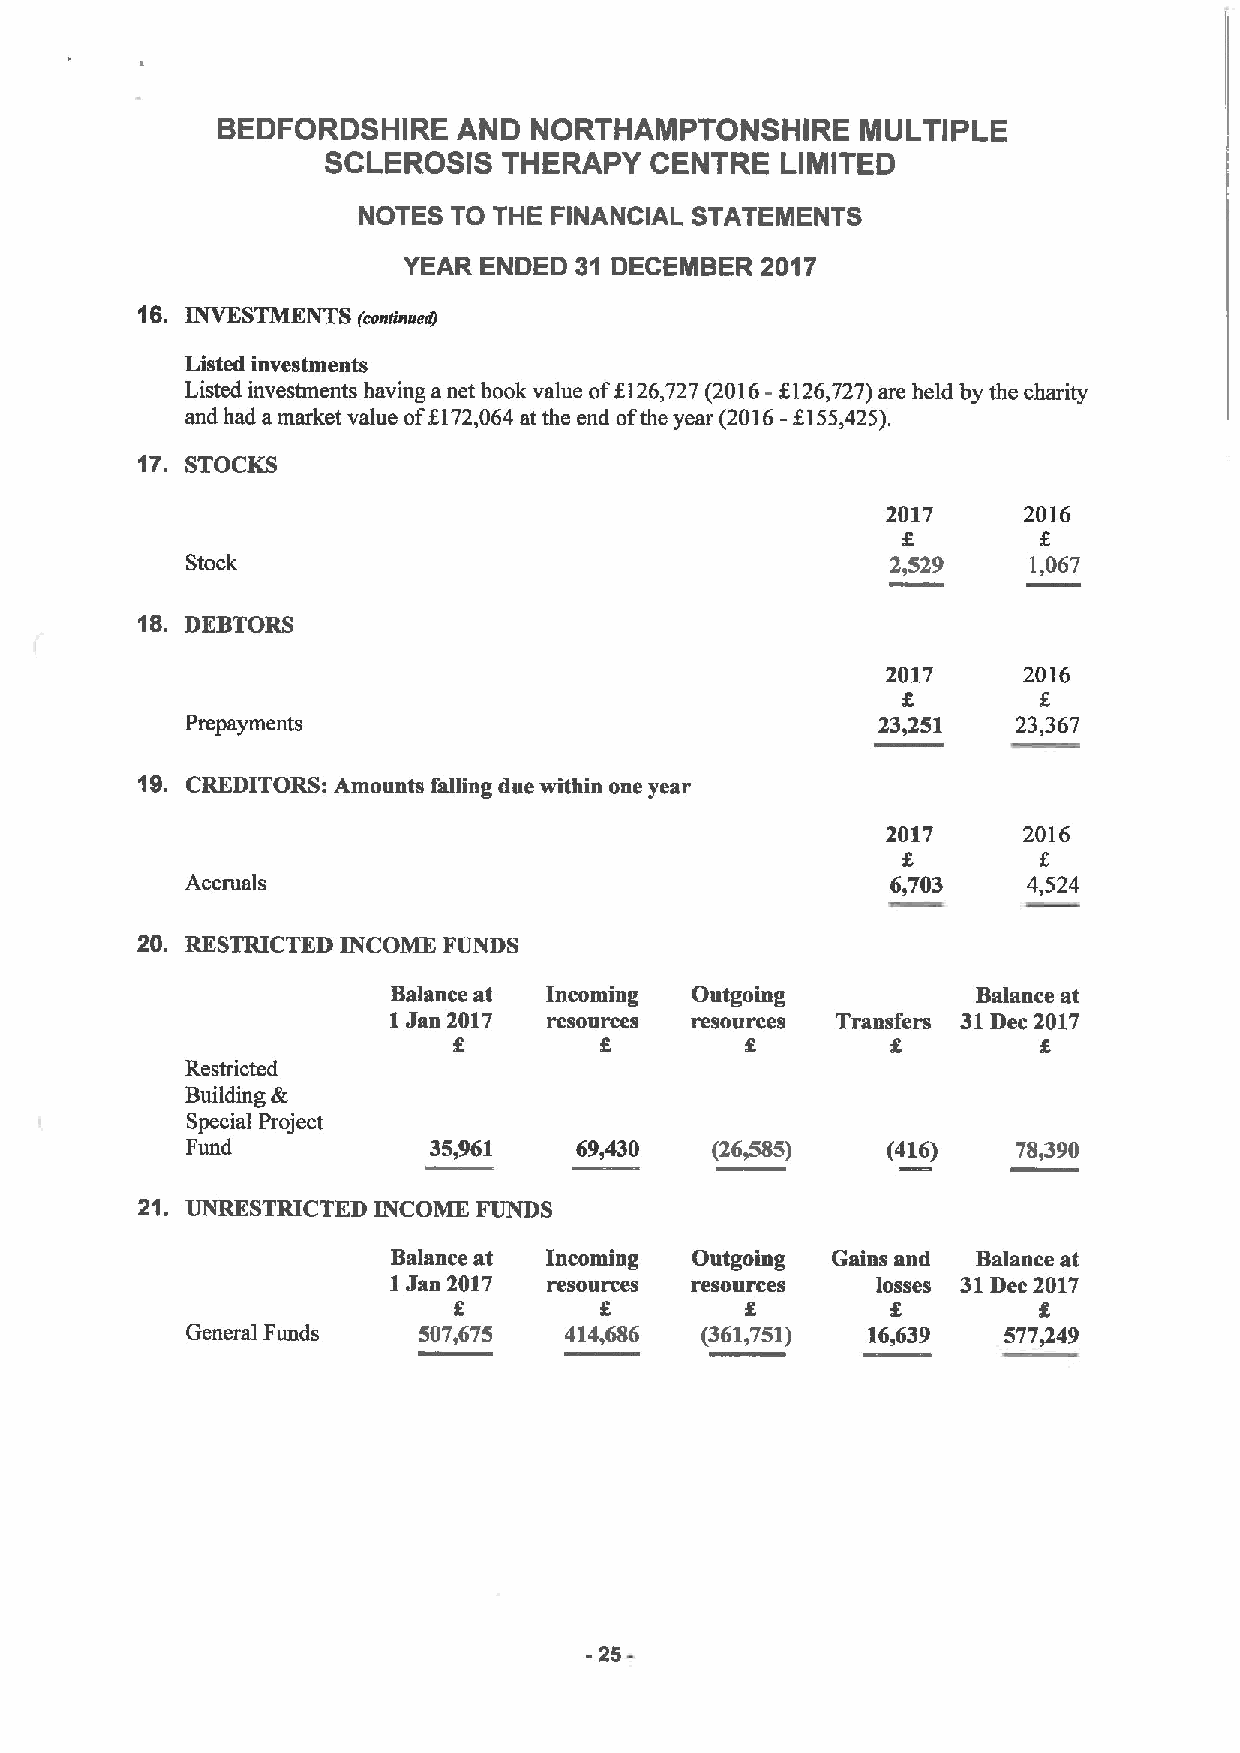
BEDFORDSHIRE    AND  NORTHAMPTONSHIRE      MULTIPLE
 SCLEROSIS  THERAPY   CENTRE   LIMITED
 NOTES TO THE FINANCIAL STATEMENTS
 YEAR ENDED 31 DECEMBER 2017
 16. INVESTMENTS
 (conunned)
 Listed investments
 Listed investments having a net book value off126,727 (2016-6126,727)are held by the charity
 and had a market value ofI 172,064 at the end ofthe year (2016-f155,425).
 17. STOCKS
 2017     2016
 Stock                                          2,529    1,067
 18. DEBTORS
 2017     2016
 0
 Prepayments                                   23,251   23,367
 19. CREDITORS: Amounts falling due within one year
 2017     2016
 Accruals                                       6,703    4,524
 20. RESTRICTED INCOME FUNDS
 Balance at Incoming Outgoing           Balance at
 1Jan 2017 resources resources Transfers 31Dec 2017
 0
 Restricted
 Building &
 Special Project
 Fund            35,961    69,430   (26,585)    (416)   70&390
 21. UNRESTRICTED INCOME FUNDS
 Balance at Incoming Outgoing Gains and Balance at
 1Jan 2017 resources resources   losses 31Dec 2017
 General Funds   507,675  414,686  (361,751)  16,639   577/49
 -25